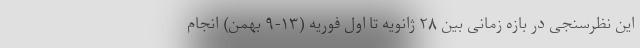
این نظرسنجی در بازه زمانی بین ۲۸ ژانویه تا اول فوریه (۱۳-۹ بهمن) انجام